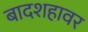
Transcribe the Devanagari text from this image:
बादशहावर